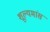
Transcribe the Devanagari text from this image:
शूल्यमांस